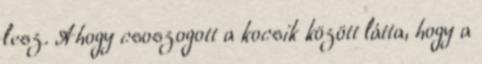
lesz. Ahogy csoszogott a kocsik között látta, hogy a